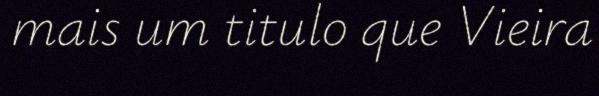
mais um titulo que Vieira